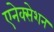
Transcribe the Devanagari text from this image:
एनेक्सेशन